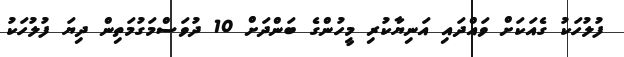
ފުލުހަކު ގެއަކަށް ވައްދައި އަނިޔާކުރި މީހުންގެ ބަންދަށް 10 ދުވަސްމަގުމަތިން ދިޔަ ފުލުހަކު